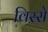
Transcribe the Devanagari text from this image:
विस्से